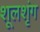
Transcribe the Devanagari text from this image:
शूलशृंग